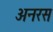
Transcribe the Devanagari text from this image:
अनरस